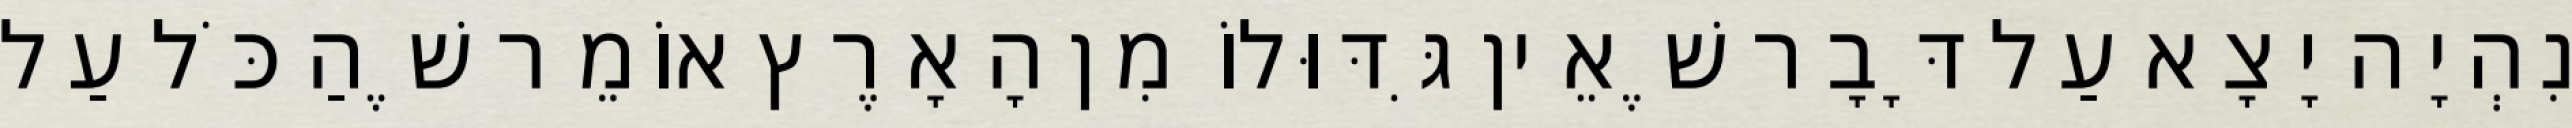
נִהְיָה יָצָא עַל דָּבָר שֶׁאֵין גִּדּוּלוֹ מִן הָאָרֶץ אוֹמֵר שֶׁהַכֹּל עַל